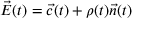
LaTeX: { \vec { E } } ( t ) = { \vec { c } } ( t ) + \rho ( t ) { \vec { n } } ( t )